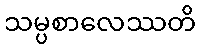
သမ္ပစာလေဿတိ